Vaccine operations Central Provinces 1868-1885 - 1868-1885
Year: 1868
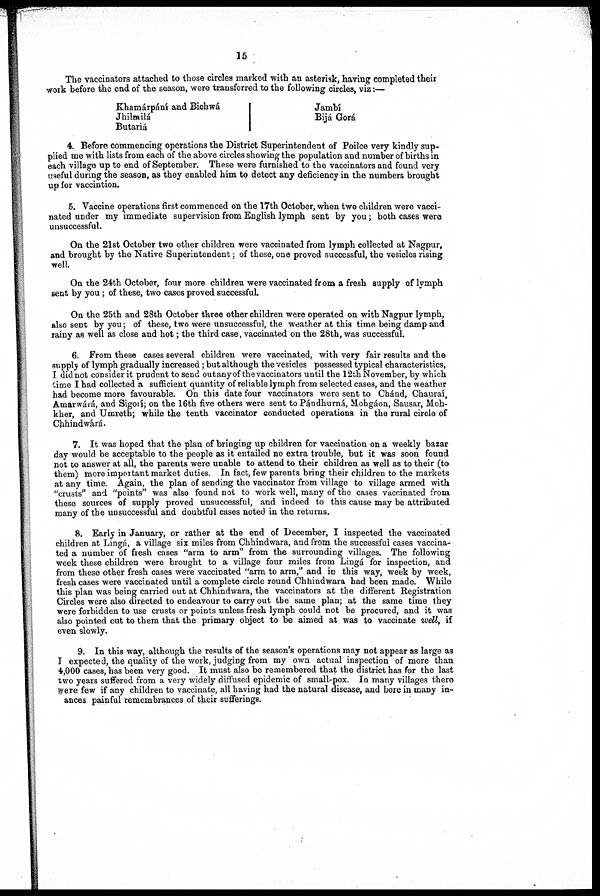
15
The vaccinators attached to those circles marked with an asterisk, having completed their
work before the end of the season, were transferred to the following circles, viz:—
Khamárpání and Bichwá
Jhilmilá
Butariá
Jambí
Bijá Gorá
4. Before commencing operations the District Superintendent of Poilce very kindly sup-
plied me with lists from each of the above circles showing the population and number of births in
each village up to end of September. These were furnished to the vaccinators and found very
useful during the season, as they enabled him to detect any deficiency in the numbers brought
up for vaccintion.
5. Vaccine operations first commenced on the 17th October, when two children were vacci-
nated under my immediate supervision from English lymph sent by you; both cases were
unsuccessful.
On the 21st October two other children were vaccinated from lymph collected at Nagpur,
and brought by the Native Superintendent; of these, one proved successful, the vesicles rising
well.
On the 24th October, four more children were vaccinated from a fresh supply of lymph
sent by you; of these, two cases proved successful.
On the 25th and 28th October three other children were operated on with Nagpur lymph,
also sent by you; of these, two were unsuccessful, the weather at this time being damp and
rainy as well as close and hot; the third case, vaccinated on the 28th, was successful.
6. From these cases several children were vaccinated, with very fair results and the
supply of lymph gradually increased ; but although the vesicles possessed typical characteristics,
I did not consider it prudent to send out any of the vaccinators until the 12th November, by which
lime I had collected a sufficient quantity of reliable lymph from selected cases, and the weather
had become more favourable. On this date four vaccinators were sent to Chánd, Chauraí,
Amarwárá, and Sigorí ; on the 16th five others were sent to Pándhurná, Mohgáon, Sausar, Moh-
kher, and Umreth; while the tenth vaccinator conducted operations in the rural circle of
Chhindwárá.
7. It was hoped that the plan of bringing up children for vaccination on a weekly bazar
day would be acceptable to the people as it entailed no extra trouble, but it was soon found
not to answer at all, the parents were unable to attend to their children as well as to their (to
them) more impoitant market duties. In fact, few parents bring their children to the markets
at any time. Again, the plan of sending the vaccinator from village to village armed with
"crusts" and "points" was also found not to work well, many of the cases vaccinated from
these sources of supply proved unsuccessful, and indeed to this cause may be attributed
many of the unsuccessful and doubtful cases noted in the returns.
8. Early in January, or rather at the end of December, I inspected the vaccinated
children at Lingá, a village six miles from Chhindwara, and from the successful cases vaccina-
ted a number of fresh cases "arm to arm" from the surrounding villages. The following
week these children were brought to a village four miles from Lingá for inspection, and
from these other fresh cases were vaccinated "arm to arm," and in this way, week by week,
fresh cases were vaccinated until a complete circle round Chhindwara had been made. While
this plan was being carried out at Chhindwara, the vaccinators at the different Registration
Circles were also directed to endeavour to carry out the same plan; at the same time they
were forbidden to use crusts or points unless fresh lymph could not be procured, and it was
also pointed out to them that the primary object to be aimed at was to vaccinate well, if
even slowly.
9. In this way, although the results of the season's operations may not appear as large as
I expected, the quality of the work, judging from my own actual inspection of more than
4,000 cases, has been very good. It must also be remembered that the district has for the last
two years suffered from a very widely diffused epidemic of small-pox. In many villages there
were few if any children to vaccinate, all having had the natural disease, and bore in many in-
ances painful remembrances of their sufferings.